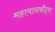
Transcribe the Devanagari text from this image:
महायानबौद्ध